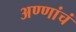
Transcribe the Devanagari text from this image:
अण्णांचं